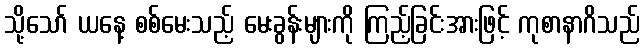
သို့သော် ယနေ့ စစ်မေးသည့် မေးခွန်းများကို ကြည့်ခြင်းအားဖြင့် ကုစာနာဂိသည်